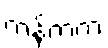
ကန့်ကက